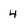
Character: 4